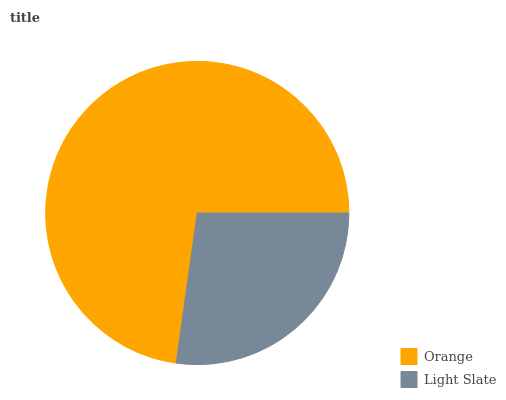
| Orange | Light Slate |
 | --- | --- |
 | 72.8% | 27.2% |